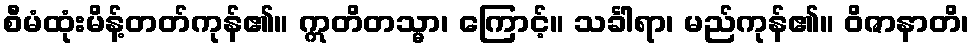
စီမံထုံးမိန့်တတ်ကုန်၏။ ဣတိတသ္မာ၊ ကြောင့်။ သင်္ခါရာ၊ မည်ကုန်၏။ ဝိဇာနာတိ၊